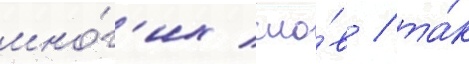
мно́г'их сло́в / та́к